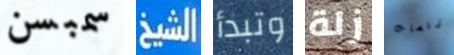
سمبسن الشيخ وتبدأ زلة رقصات